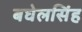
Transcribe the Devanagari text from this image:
बघेलसिंह